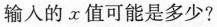
(2)若输入一个正数x时，输出y的值为12，请问